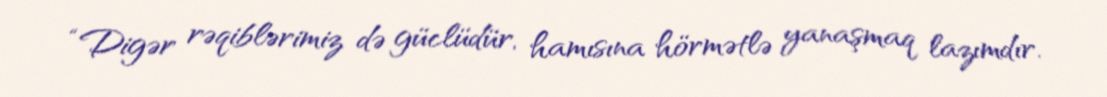
“Digər rəqiblərimiz də güclüdür, hamısına hörmətlə yanaşmaq lazımdır.